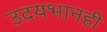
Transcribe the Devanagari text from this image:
उदयभानही